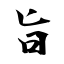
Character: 旨